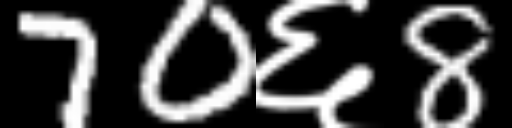
Text: 70६8